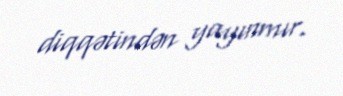
diqqətindən yayınmır.